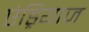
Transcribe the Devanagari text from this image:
एंड्रियाज़